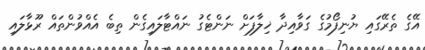
އޭގެ ތެރޭގައި ޔުނިފޯމުގެ ގަވާއިދާ ޚިލާފަށް ނަންޓެގު ނައްޓާލައިގެން ތިބެ އެއްވުންތައް ރޫޅާލައި